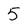
Character: 5